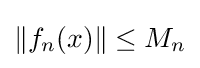
\|f_{n}(x)\|\leq M_{n}